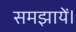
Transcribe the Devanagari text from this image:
समझायें।